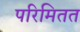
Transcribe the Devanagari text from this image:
परिमितत